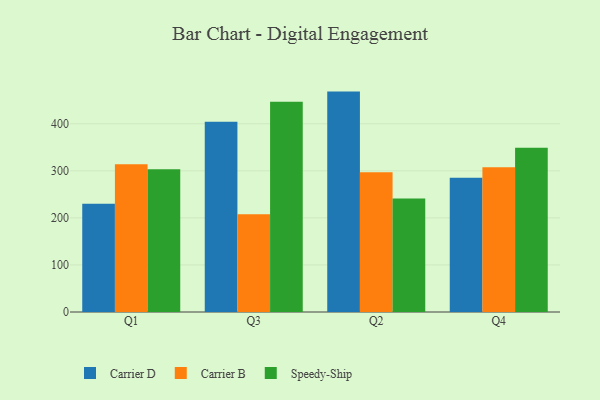
{"axis": {"x": "Quarter", "y": "Energy Usage (MWh)"}, "legend": ["Carrier B", "Carrier D", "Speedy-Ship"], "data": [{"x": "Q1", "y": 230.1, "type": "Carrier D"}, {"x": "Q1", "y": 313.8, "type": "Carrier B"}, {"x": "Q1", "y": 303.2, "type": "Speedy-Ship"}, {"x": "Q3", "y": 404.3, "type": "Carrier D"}, {"x": "Q3", "y": 207.5, "type": "Carrier B"}, {"x": "Q3", "y": 446.7, "type": "Speedy-Ship"}, {"x": "Q2", "y": 468.4, "type": "Carrier D"}, {"x": "Q2", "y": 297.0, "type": "Carrier B"}, {"x": "Q2", "y": 241.4, "type": "Speedy-Ship"}, {"x": "Q4", "y": 285.4, "type": "Carrier D"}, {"x": "Q4", "y": 307.5, "type": "Carrier B"}, {"x": "Q4", "y": 349.1, "type": "Speedy-Ship"}]}